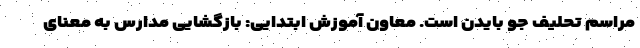
مراسم تحلیف جو بایدن است. معاون آموزش ابتدایی: بازگشایی مدارس به معنای